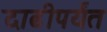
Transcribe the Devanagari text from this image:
दाढीपर्यंत